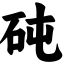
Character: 砘